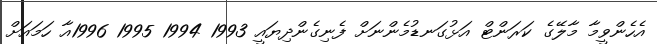
އެހެންވީމާ މާލޭގެ ކަރަންޓް އަޅުގަނޑުމެންނަށް ފެނިގެންދިޔައީ 1993 1994 1995 1996އާ ހަމައަށް